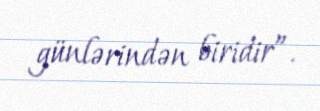
günlərindən biridir”.